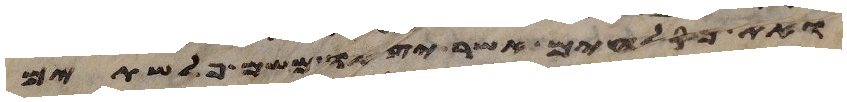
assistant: ואת כסלחים אשר יצאו משם פלשתים